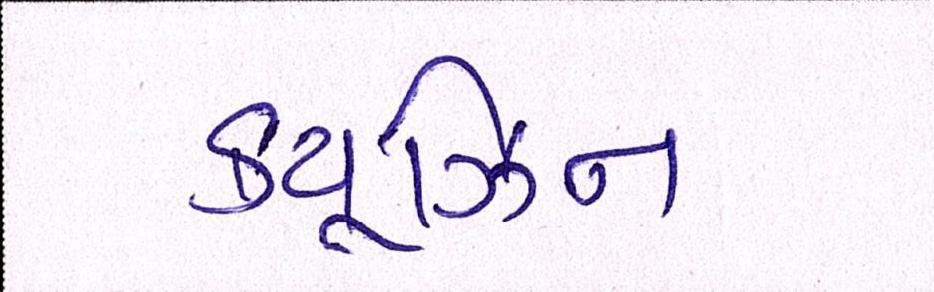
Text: ક્યૂઝિન